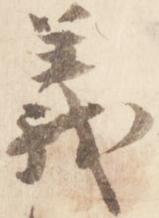
義